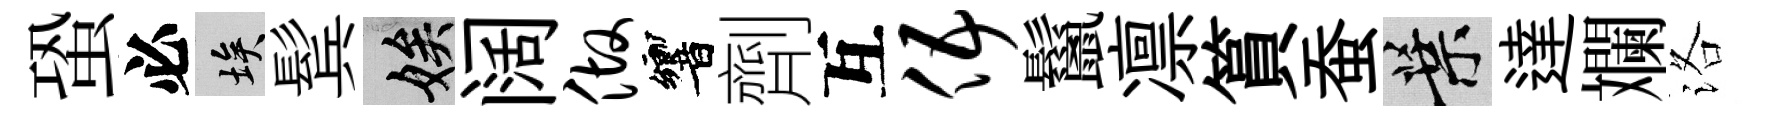
蛩必埃鬂娭阔做響劑互伍鬣凛篔蚕葉達斕洛